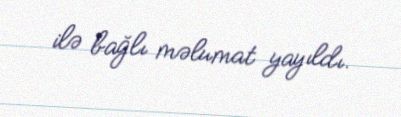
ilə bağlı məlumat yayıldı.